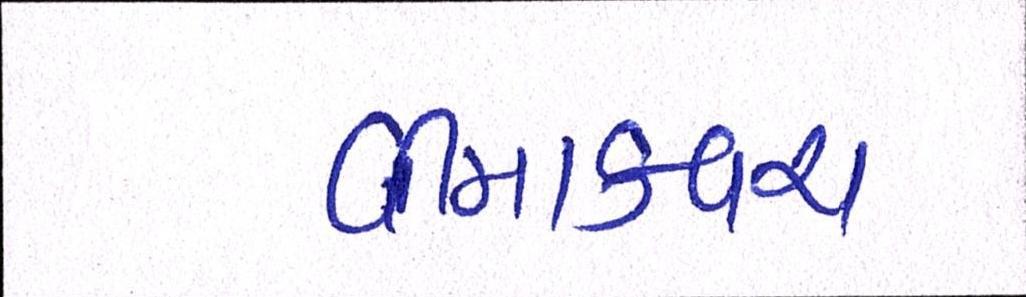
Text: વીમાકવચ